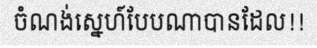
ចំណង់ស្នេហ៍បែបណាបានដែល!!